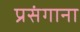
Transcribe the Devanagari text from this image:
प्रसंगाना